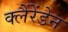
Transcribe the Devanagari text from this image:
क्लैंरेंडेन